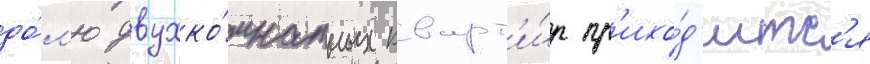
до́л'ю двухко́мнатных кварт'и́р пр'ихо́д'итс'я